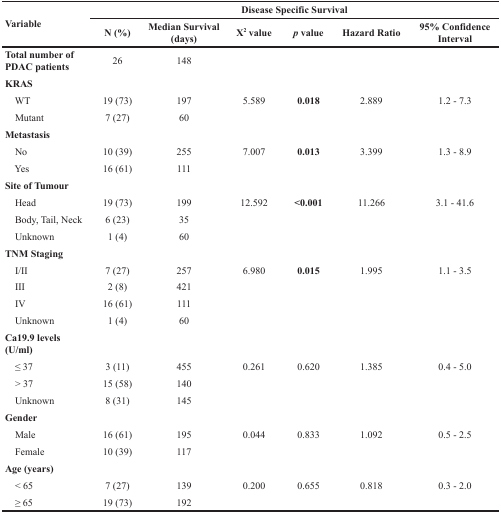
| <ROWSPAN=2> Variable | <COLSPAN=6> Disease Specific Survival |
 | N (%) | Median Survival (days) | X2 value | p value | Hazard Ratio | 95% Confidence Interval |
 | --- | --- | --- | --- | --- | --- | --- |
 | Total number of PDAC patients | 26 | 148 |  |  |  |  |
 | KRAS |  |  |  |  |  |  |
 | WT | 19 (73) | 197 | 5.589 | 0.018 | 2.889 | 1.2 - 7.3 |
 | Mutant | 7 (27) | 60 |  |  |  |  |
 | Metastasis |  |  |  |  |  |  |
 | No | 10 (39) | 255 | 7.007 | 0.013 | 3.399 | 1.3 - 8.9 |
 | Yes | 16 (61) | 111 |  |  |  |  |
 | Site of Tumour |  |  |  |  |  |  |
 | Head | 19 (73) | 199 | 12.592 | <0.001 | 11.266 | 3.1 - 41.6 |
 | Body, Tail, Neck | 6 (23) | 35 |  |  |  |  |
 | Unknown | 1 (4) | 60 |  |  |  |  |
 | TNM Staging |  |  |  |  |  |  |
 | I/II | 7 (27) | 257 | 6.980 | 0.015 | 1.995 | 1.1 - 3.5 |
 | III | 2 (8) | 421 |  |  |  |  |
 | IV | 16 (61) | 111 |  |  |  |  |
 | Unknown | 1 (4) | 60 |  |  |  |  |
 | Ca19.9 levels (U/ml) |  |  |  |  |  |  |
 | ≤ 37 | 3 (11) | 455 | 0.261 | 0.620 | 1.385 | 0.4 - 5.0 |
 | > 37 | 15 (58) | 140 |  |  |  |  |
 | Unknown | 8 (31) | 145 |  |  |  |  |
 | Gender |  |  |  |  |  |  |
 | Male | 16 (61) | 195 | 0.044 | 0.833 | 1.092 | 0.5 - 2.5 |
 | Female | 10 (39) | 117 |  |  |  |  |
 | Age (years) |  |  |  |  |  |  |
 | < 65 | 7 (27) | 139 | 0.200 | 0.655 | 0.818 | 0.3 - 2.0 |
 | ≥ 65 | 19 (73) | 192 |  |  |  |  |